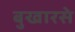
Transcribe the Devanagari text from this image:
बुखारसे